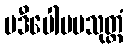
ပဒီပေါပမသုတ္တံ